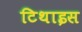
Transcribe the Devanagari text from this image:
टिथाइस